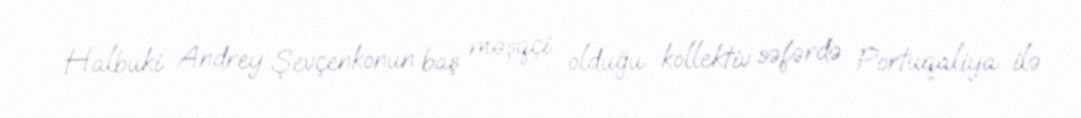
Halbuki Andrey Şevçenkonun baş məşqçi olduğu kollektiv səfərdə Portuqaliya ilə